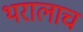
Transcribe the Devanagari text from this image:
थरालाच